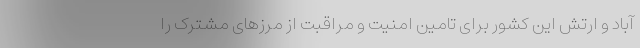
آباد و ارتش این کشور برای تامین امنیت و مراقبت از مرزهای مشترک را